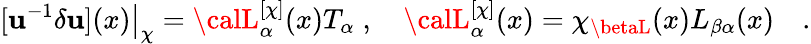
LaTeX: [\mathbf{u}^{-1}\delta\mathbf{u}](x)\big|_{\chi}={\calL}_{\alpha}^{[\chi]}(x)T_{\alpha}\; ,\quad{\calL}_{\alpha}^{[\chi]}(x)=\chi_{\betaL}(x)L_{\beta\alpha}(x)\quad.